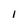
Character: 1